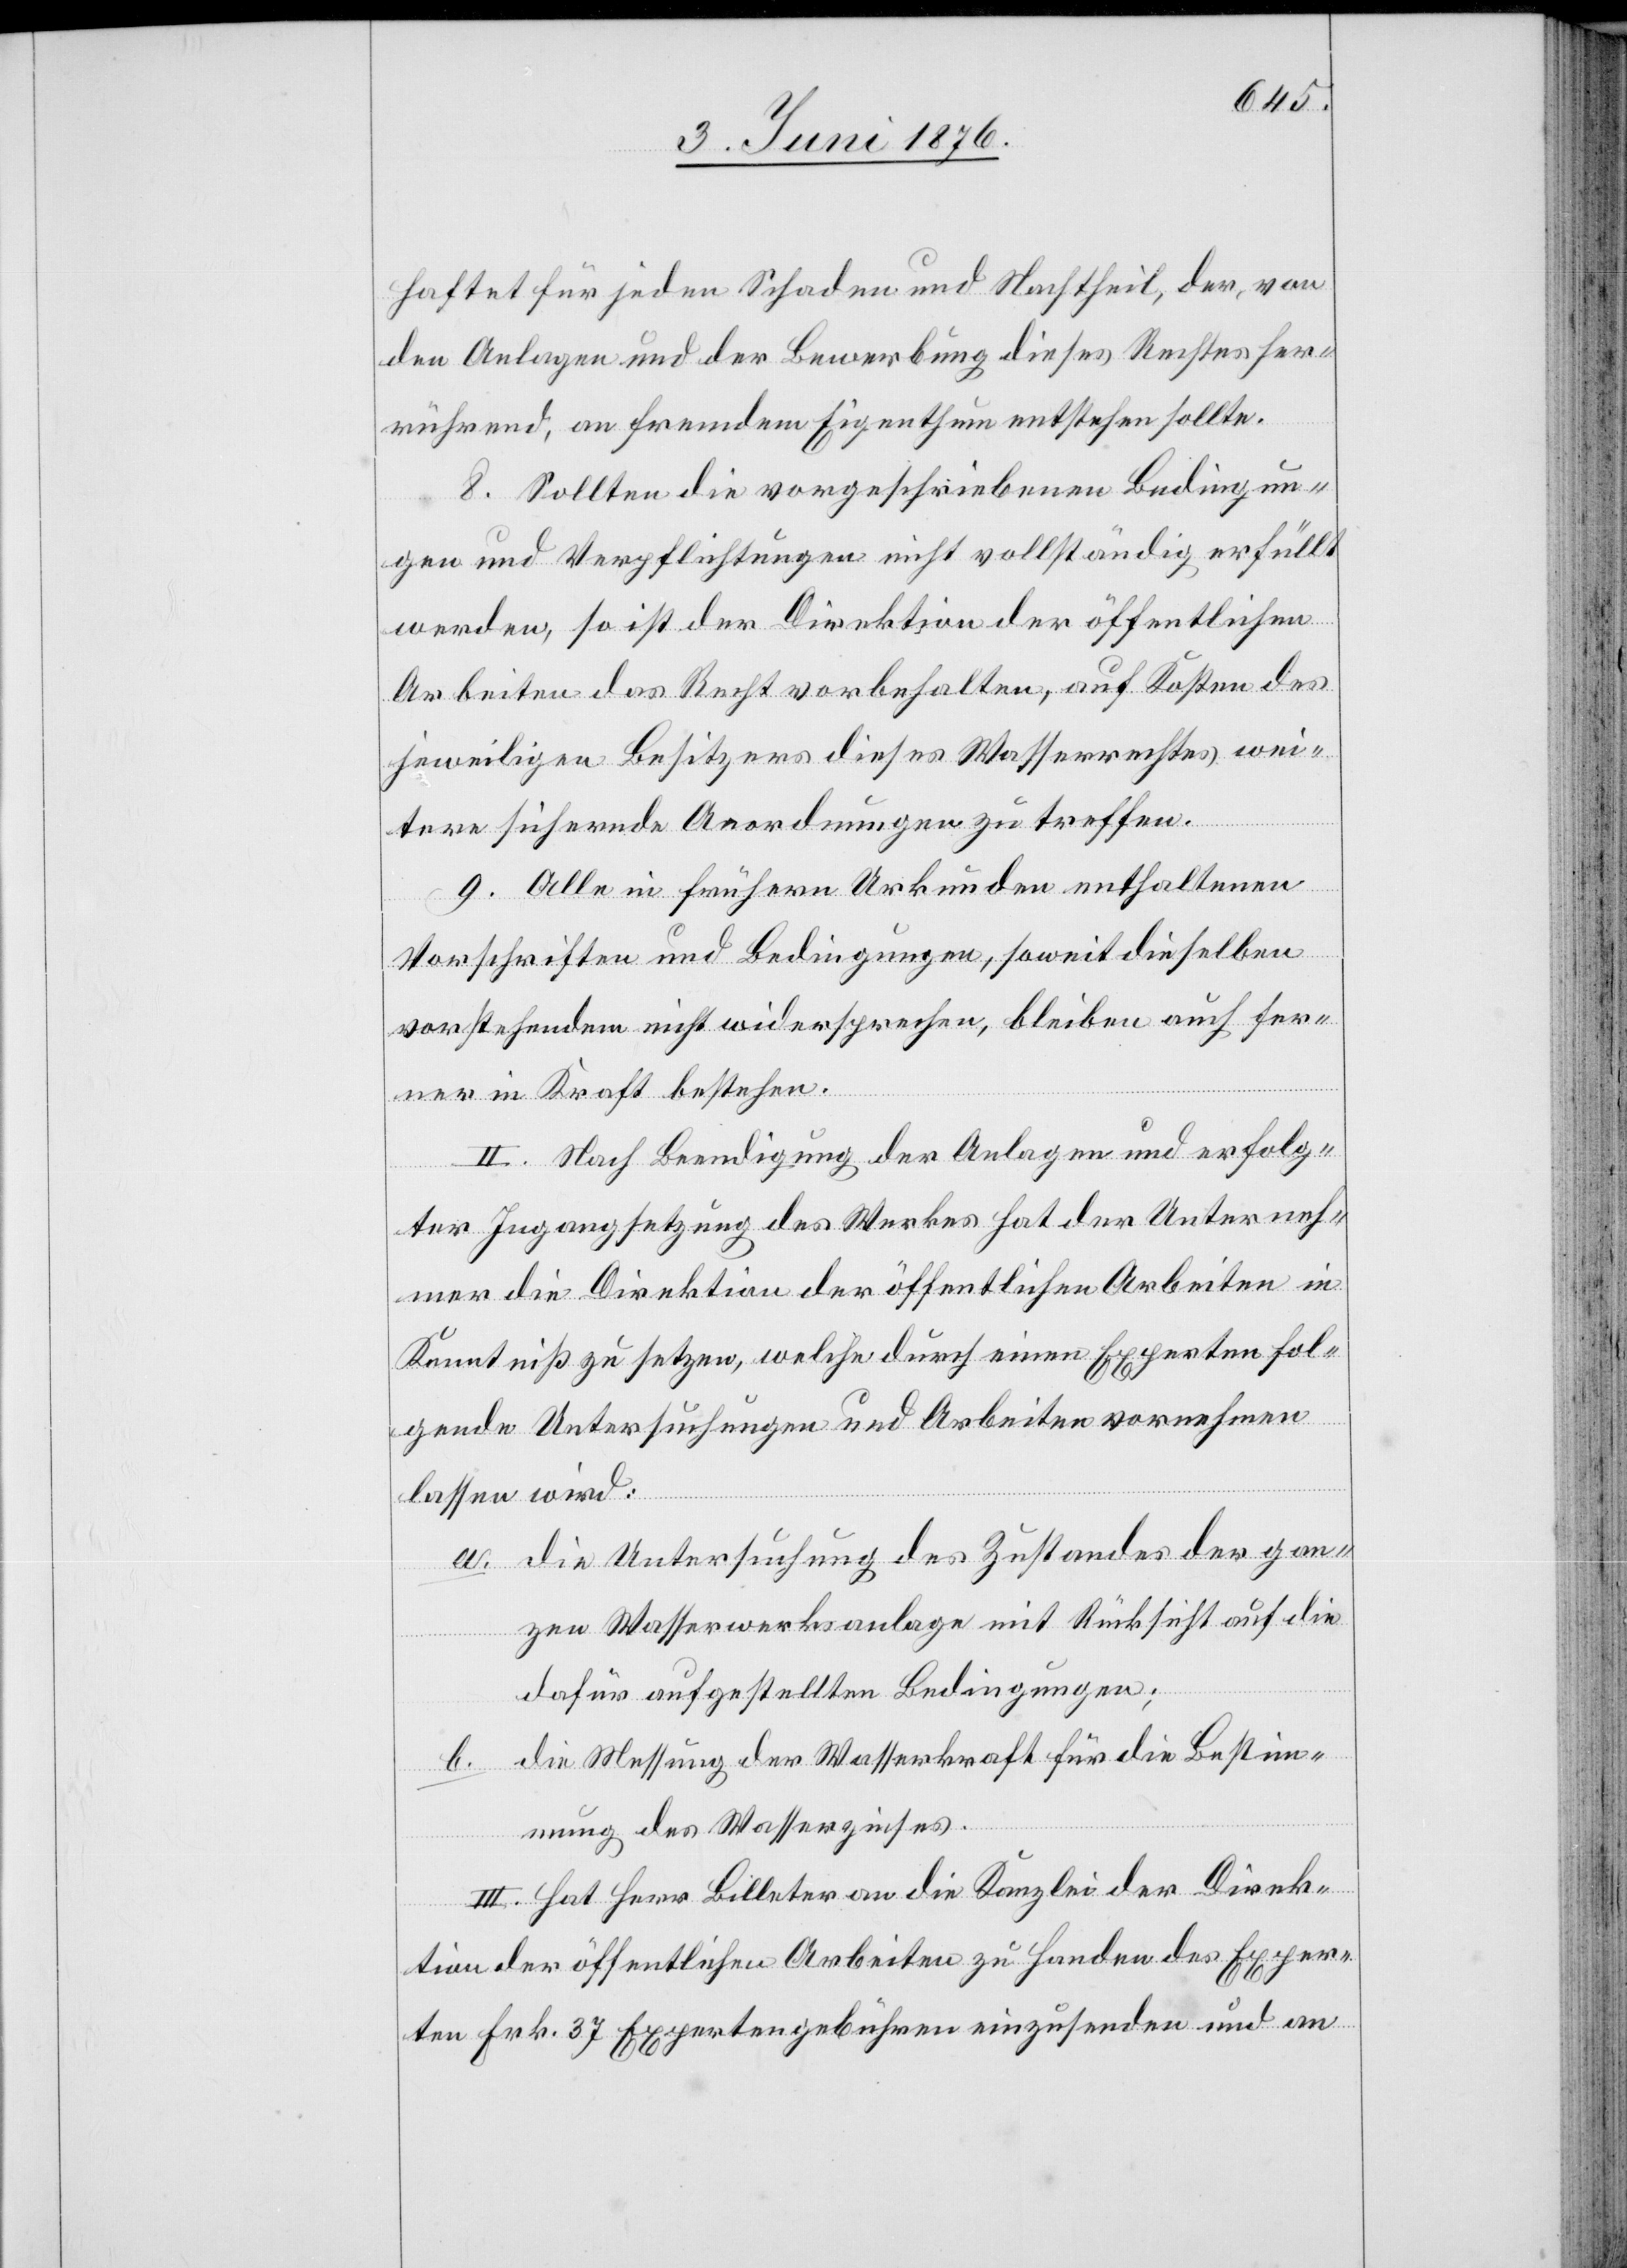
haftet für jeden Schaden und Nachtheil, der, von
den Anlagen und der Bewerbung dieses Rechtes her¬
rührend, an fremdem Eigenthum entstehen sollte.
8. Sollten die vorgeschriebenen Bedingun¬
gen und Verpflichtungen nicht vollständig erfüllt
werden, so ist der Direktion der öffentlichen
Arbeiten das Recht vorbehalten, auf Kosten des
jeweiligen Besitzers dieses Wasserrechtes wei¬
tere sichernde Anordnungen zu treffen.
9. Alle in frühern Urkunden enthaltenen
Vorschriften und Bedingungen, soweit dieselben
vorstehenden nicht widersprechen, bleiben auch fer¬
ner in Kraft bestehen.
II. Nach Beendigung der Anlagen und erfolg¬
ter Ingangsetzung des Werkes hat der Unterneh¬
mer die Direktion der öffentlichen Arbeiten in
Kenntniß zu setzen, welche durch einen Experten fol¬
gende Untersuchungen und Arbeiten vornehmen
lassen wird:
a. die Untersuchung des Zustandes der gan¬
zen Wasserwerksanlage mit Rücksicht auf die
dafür aufgestellten Bedingungen;
b. die Messung der Wasserkraft für die Bestimm¬
ung des Wasserzinses.
III. Hat Herr Billeter an die Kanzlei der Direk¬
tion der öffentlichen Arbeiten zu Handen des Exper¬
ten Frk. 37 Expertengebühren einzusenden und an